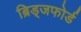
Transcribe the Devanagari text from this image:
ब्रिड्जफोर्ड